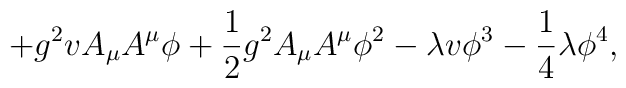
+g^2 v A_\mu A^\mu \phi +\frac{1}{2} g^2 A_\mu A^\mu \phi^2 -\lambda v \phi^3 - \frac{1}{4} \lambda \phi^4,